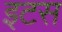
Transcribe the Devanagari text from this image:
इटस